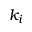
k _ { i }